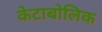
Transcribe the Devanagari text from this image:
केटाबोलिक